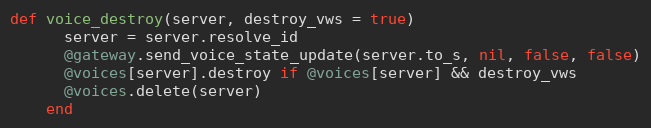
Language: Ruby
def voice_destroy(server, destroy_vws = true)
      server = server.resolve_id
      @gateway.send_voice_state_update(server.to_s, nil, false, false)
      @voices[server].destroy if @voices[server] && destroy_vws
      @voices.delete(server)
    end